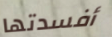
أفسدتها